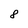
Character: 8